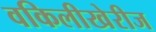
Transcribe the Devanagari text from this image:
वकिलीखेरीज